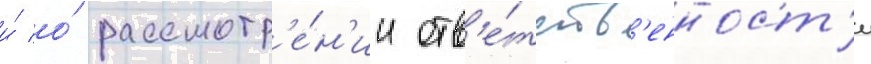
и́ о́ рассмотр'е́н'ии отв'е́тств'енност'и